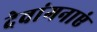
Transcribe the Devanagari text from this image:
देवांगनाएं